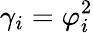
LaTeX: \gamma_{i}=\varphi_{i}^{2}